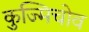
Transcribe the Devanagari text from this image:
कुज्मिचोव